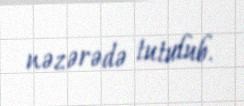
nəzərədə tutulub.